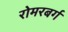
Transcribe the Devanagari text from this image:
रोमरबर्ग